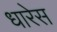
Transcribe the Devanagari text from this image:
धारेस